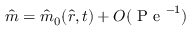
\hat { m } = \hat { m } _ { 0 } ( \hat { r } , t ) + O ( \mathrm { ~ P ~ e ~ } ^ { - 1 } )